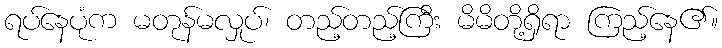
ရပ်နေပုံက မတုန်မလှုပ်၊ တည့်တည့်ကြီး မိမိတို့ရှိရာ ကြည့်နေ၏။